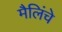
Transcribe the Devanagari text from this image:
मैलिंचे